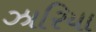
ઝારિયા